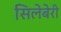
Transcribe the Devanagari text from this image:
सिलेबेरी